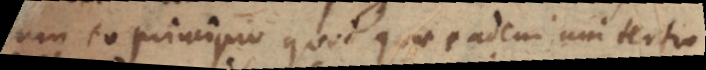
cum eo principio quod quae eadem uni tertio